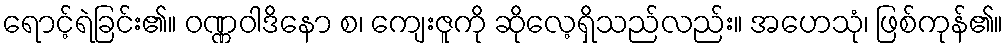
ရောင့်ရဲခြင်း၏။ ဝဏ္ဏဝါဒိနော စ၊ ကျေးဇူကို ဆိုလေ့ရှိသည်လည်း။ အဟေသုံ၊ ဖြစ်ကုန်၏။